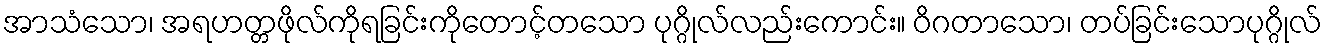
အာသံသော၊ အရဟတ္တဖိုလ်ကိုရခြင်းကိုတောင့်တသော ပုဂ္ဂိုလ်လည်းကောင်း။ ဝိဂတာသော၊ တပ်ခြင်းသောပုဂ္ဂိုလ်